Regulations for the medical services of the Army of India
Year: 1930
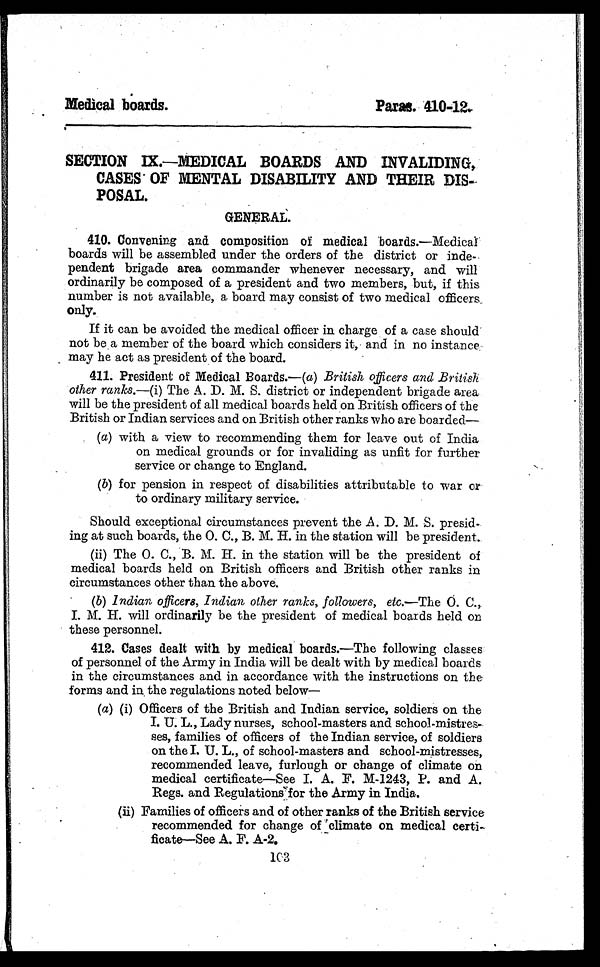
Medical boards.
Paras. 410-12.
SECTION IX.—MEDICAL BOARDS AND INVALIDING,
CASES OF MENTAL DISABILITY AND THEIR DIS-
POSAL.
GENERA
L .
410. Convening and composition of medical boards.—Medical
boards will be assembled under the orders of the district or inde-
pendent brigade area commander whenever necessary, and will
ordinarily be composed of a president and two members, but, if this
number is not available, a board may consist of two medical officers
only.
If it can be avoided the medical officer in charge of a case should
not be a member of the board which considers it, and in no instance
may he act as president of the board.
411. President of Medical Boards.—( a) British officers and British
other ranks.— (i) The A. D. M. S. district or independent brigade area
will be the president of all medical boards held on British officers of the
British or Indian services and on British other ranks who are boarded—
(a) with a view to recommending them for leave out of India
on medical grounds or for invaliding as unfit for further
service or change to England.
(b) for pension in respect of disabilities attributable to war or
to ordinary military service.
Should exceptional circumstances prevent the A. D. M. S. presid-
ing at such boards, the O. C., B. M. H. in the station will be president.
(ii) The O. C., B. M. H. in the station will be the president of
medical boards held on British officers and British other ranks in
circumstances other than the above.
(b) Indian officers, Indian other ranks, followers, etc.— The O. C.,
I. M. H. will ordinarily be the president of medical boards held on
these personnel.
412. Cases dealt with by medical boards.—The following classes
of personnel of the Army in India will be dealt with by medical boards
in the circumstances and in accordance with the instructions on the
forms and in the regulations noted below—
(a) (i) Officers of the British and Indian service, soldiers on the
I. U. L., Lady nurses, school-masters and school-mistres-
ses, families of officers of the Indian service, of soldiers
on the I. U. L., of school-masters and school-mistresses,
recommended leave, furlough or change of climate on
medical certificate—See I. A. F. M-1243, P. and A.
Regs. and Regulations for the Army in India.
(ii) Families of officers and of other ranks of the British service
recommended for change of climate on medical certi-
ficate—See A. F. A-2.
103